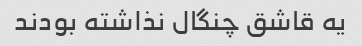
یه قاشق چنگال نذاشته بودند